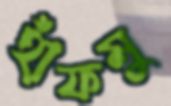
হাঁফমু